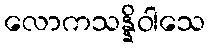
လောကသန္နိဝါသေ